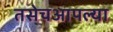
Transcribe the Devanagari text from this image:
तसेचआपल्या